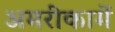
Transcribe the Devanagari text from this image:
अमरीकामें